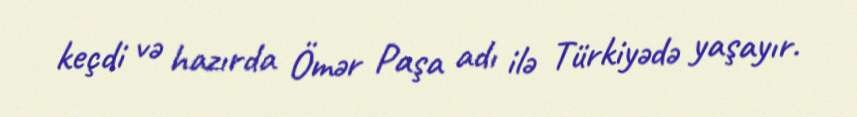
keçdi və hazırda Ömər Paşa adı ilə Türkiyədə yaşayır.